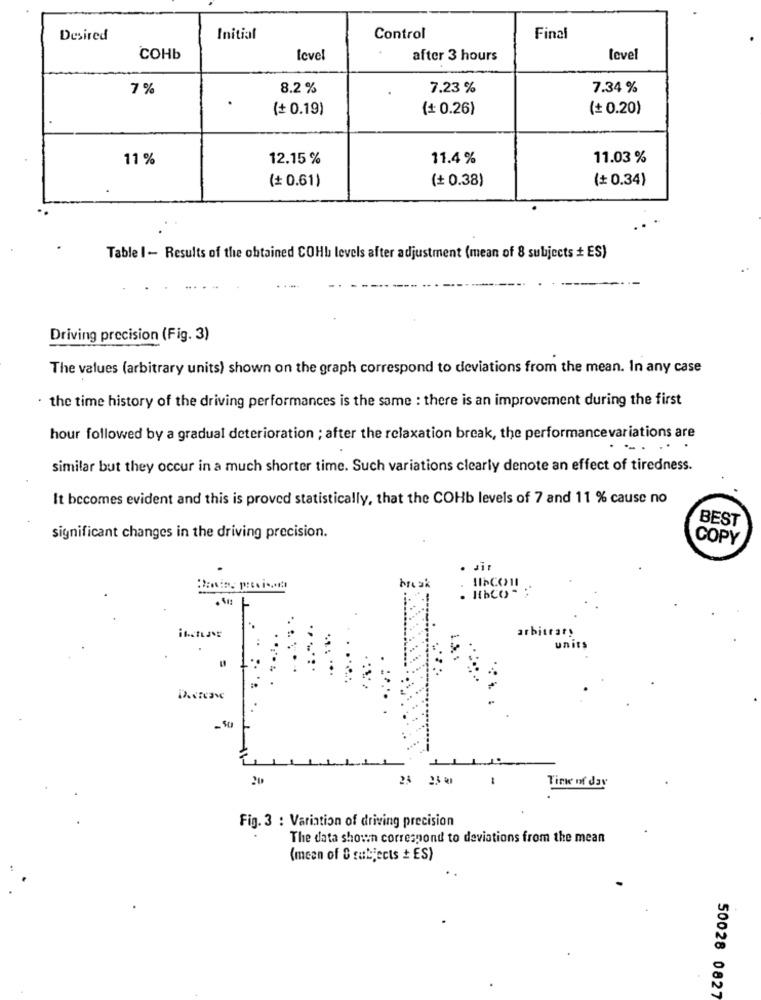
Desired
Initial
Control
Final
COHb
level
after 3 hours
level
7 %
8.2 %
7.23 %
7.34 %
.
(+ 0.19)
(+ 0.26)
(+ 0.20)
11 %
12.15 %
11.4 %
11.03%
(# 0.61)
(+ 0.38)
(+ 0.34)
Table 1 - Results of the obtained COHb levels after adjustment (mean of 8 subjects + ES)
Driving precision (Fig. 3)
The values (arbitrary units) shown on the graph correspond to deviations from the mean. In any case
· the time history of the driving performances is the same : there is an improvement during the first
hour followed by a gradual deterioration ; after the relaxation break, the performancevariations are
.....
similar but they occur in a much shorter time. Such variations clearly denote an effect of tiredness.
It becomes evident and this is proved statistically, that the COHb levels of 7 and 11 % cause no
BEST
significant changes in the driving precision.
COPY
Jir
break
HbC( - :
arbitrary
units
20
23 23
Time of day
Fig. 3 : Variation of driving precision
The data shown correspond to deviations from the mean
(mean of C subjects + ES)
50028 0827